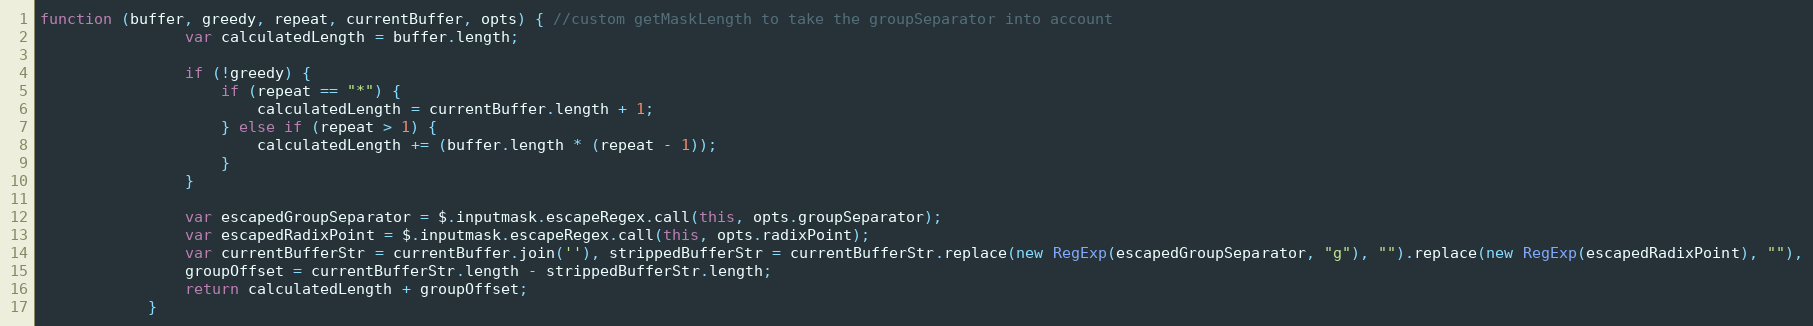
Language: JavaScript
function (buffer, greedy, repeat, currentBuffer, opts) { //custom getMaskLength to take the groupSeparator into account
                var calculatedLength = buffer.length;

                if (!greedy) {
                    if (repeat == "*") {
                        calculatedLength = currentBuffer.length + 1;
                    } else if (repeat > 1) {
                        calculatedLength += (buffer.length * (repeat - 1));
                    }
                }

                var escapedGroupSeparator = $.inputmask.escapeRegex.call(this, opts.groupSeparator);
                var escapedRadixPoint = $.inputmask.escapeRegex.call(this, opts.radixPoint);
                var currentBufferStr = currentBuffer.join(''), strippedBufferStr = currentBufferStr.replace(new RegExp(escapedGroupSeparator, "g"), "").replace(new RegExp(escapedRadixPoint), ""),
                groupOffset = currentBufferStr.length - strippedBufferStr.length;
                return calculatedLength + groupOffset;
            }